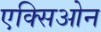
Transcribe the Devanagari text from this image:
एक्सिओन